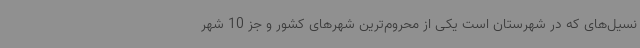
نسیل‌های که در شهرستان است یکی از محروم‌ترین شهرهای کشور و جز 10 شهر